Calcutta medical institutions reports 1892-1900
Year: 1892
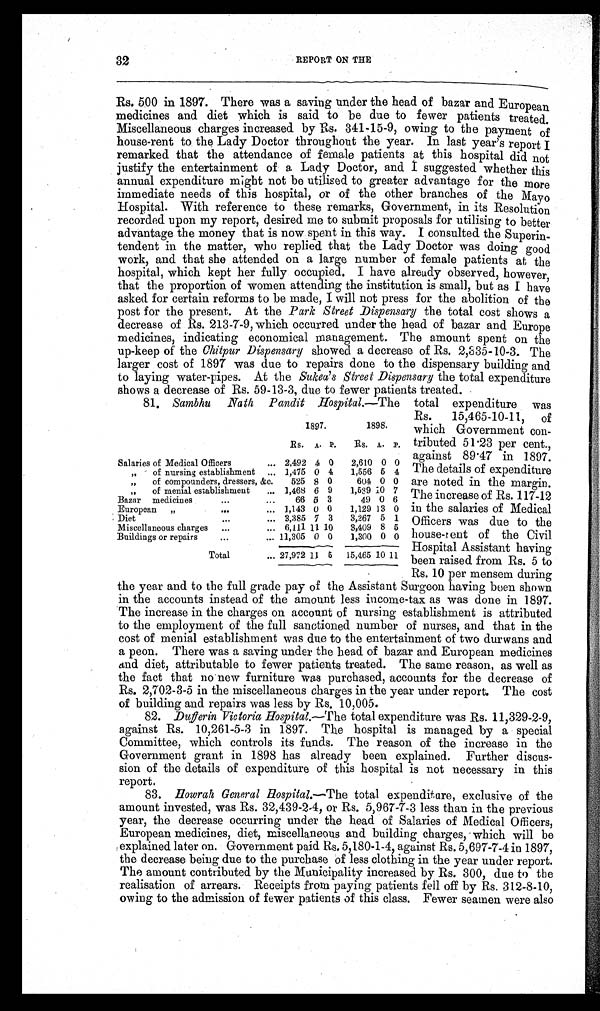
32
REPORT ON THE
Rs. 500 in 1897. There was a saving under the head of bazar and European
medicines and diet which is said to be due to fewer patients treated.
Miscellaneous charges increased by Rs. 341-15-9, owing to the payment of
house-rent to the Lady Doctor throughout the year. In last year's report I
remarked that the attendance of female patients at this hospital did not
justify the entertainment of a Lady Doctor, and I suggested whether this
annual expenditure might not be utilised to greater advantage for the more
immediate needs of this hospital, or of the other branches of the Mayo
Hospital. With reference to these remarks, Government, in its Resolution
recorded upon my report, desired me to submit proposals for utilising to better
advantage the money that is now spent in this way. I consulted the Superin-
tendent in the matter, who replied that the Lady Doctor was doing good
work, and that she attended on a large number of female patients at the
hospital, which kept her fully occupied. I have already observed, however,
that the proportion of women attending the institution is small, but as I have
asked for certain reforms to be made, I will not press for the abolition of the
post for the present. At the Park Street Dispensary the total cost shows a
decrease of Rs. 213-7-9, which occurred under the head of bazar and Europe
medicines, indicating economical management. The amount spent on the
up-keep of the Chitpur Dispensary showed a decrease of Rs. 2,335-10-3. The
larger cost of 1897 was due to repairs done to the dispensary building and
to laying water-pipes. At the Sukea's Street Dispensary the total expenditure
shows a decrease of Rs. 59-13-3, due to fewer patients treated.
81. Sambhu Nath Pandit Hospital. —The total expenditure was
1897.
1898.
Rs. A. P. Rs. A. P.
Salaries of Medical Officers
... 2,492 4 0 2,610 0 0
„
of nursing establishment ... 1,475 0 4 1,556 5 4
„
of compounders, dressers, &c.
525 8 0
604 0 0
„
of menial establishment ... 1,468 6 9 1,539 10 7
Bazar medicines
...
...
66 5 3
49 0 6
European „
...
... 1,143 0 0 1,129 13 0
Diet
...
... 3,385 7 3 3,267 5 1
Miscellaneous charges ...
... 6,111 11 10 3,409 8 5
Buildings or repairs
...
... 11,305 0 0 1,300 0 0
Total
... 27,972 11 6 15,465 10 11
Rs. 15,465-10-11, of
which Government con-
tributed 51.23 per cent.,
against 89.47 in 1897.
The details of expenditure
are noted in the margin.
The increase of Rs. 117-12
in the salaries of Medical
Officers was due to the
house-rent of the Civil
Hospital Assistant having
been raised from Rs. 5 to
Rs. 10 per mensem during
the year and to the full grade pay of the Assistant Surgeon having been shown
in the accounts instead of the amount less income-tax as was done in 1897.
The increase in the charges on account of nursing establishment is attributed
to the employment of the full sanctioned number of nurses, and that in the
cost of menial establishment was due to the entertainment of two durwans and
a peon. There was a saving under the head of bazar and European medicines
and diet, attributable to fewer patients treated. The same reason, as well as
the fact that no new furniture was purchased, accounts for the decrease of
Rs. 2,702-3-5 in the miscellaneous charges in the year under report. The cost
of building and repairs was less by Rs. 10,005.
82. Dufferin Victoria Hospital.—The total expenditure was Rs. 11,329-2-9,
against Rs. 10,261-5-3 in 1897. The hospital is managed by a special
Committee, which controls its funds. The reason of the increase in the
Government grant in 1898 has already been explained. Further discus-
sion of the details of expenditure of this hospital is not necessary in this
report.
83.
Howrah General Hospital. —The total expenditure, exclusive of the
amount invested, was Rs. 32,439-2-4, or Rs. 5,967-7-3 less than in the previous
year, the decrease occurring under the head of Salaries of Medical Officers,
European medicines, diet, miscellaneous and building charges, which will be
explained later on. Government paid Rs. 5,180-1-4, against Rs. 5,697-7-4 in 1897,
the decrease being due to the purchase of less clothing in the year under report.
The amount contributed by the Municipality increased by Rs. 300, due to the
realisation of arrears. Receipts from paying patients fell off by Rs. 312-8-10,
owing to the admission of fewer patients of this class. Fewer seamen were also